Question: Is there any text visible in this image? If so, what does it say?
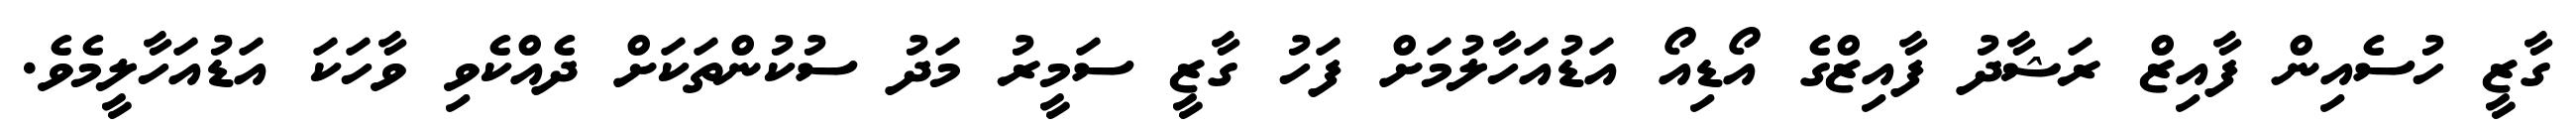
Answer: ގާޒީ ހުސެއިން ފާއިޒް ރަޝާދު ފާއިޒްގެ އޯޑިއޯ އަޑުއަހާލުމަށް ފަހު ގާޒީ ސަމީރު މަދު ސުކުންތަކަށް ދެއްކެވި ވާހަކަ އަޑުއަހާލީމެވެ.